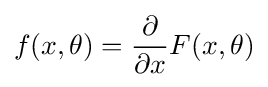
f(x,\theta )={\frac {\partial }{\partial x}}F(x,\theta )